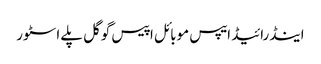
اینڈرائیڈ ایپس موبائل اپیس گوگل پلے اسٹور